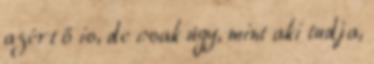
azért ő is, de csak úgy, mint aki tudja,